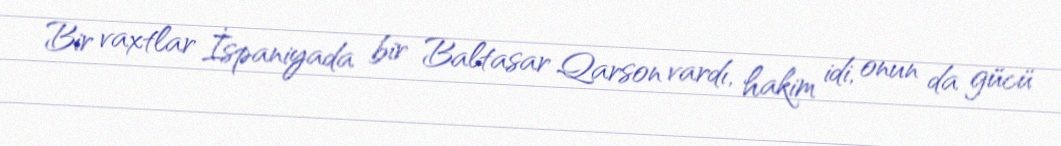
Bir vaxtlar İspaniyada bir Baltasar Qarson vardı, hakim idi, onun da gücü